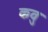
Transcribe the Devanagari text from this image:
कवु